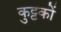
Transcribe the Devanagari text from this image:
कुट्टकों